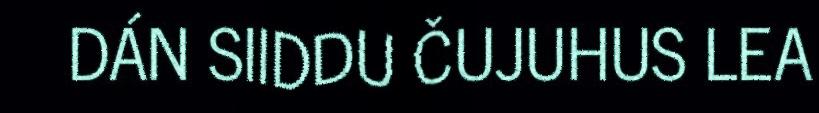
DÁN SIIDDU ČUJUHUS LEA